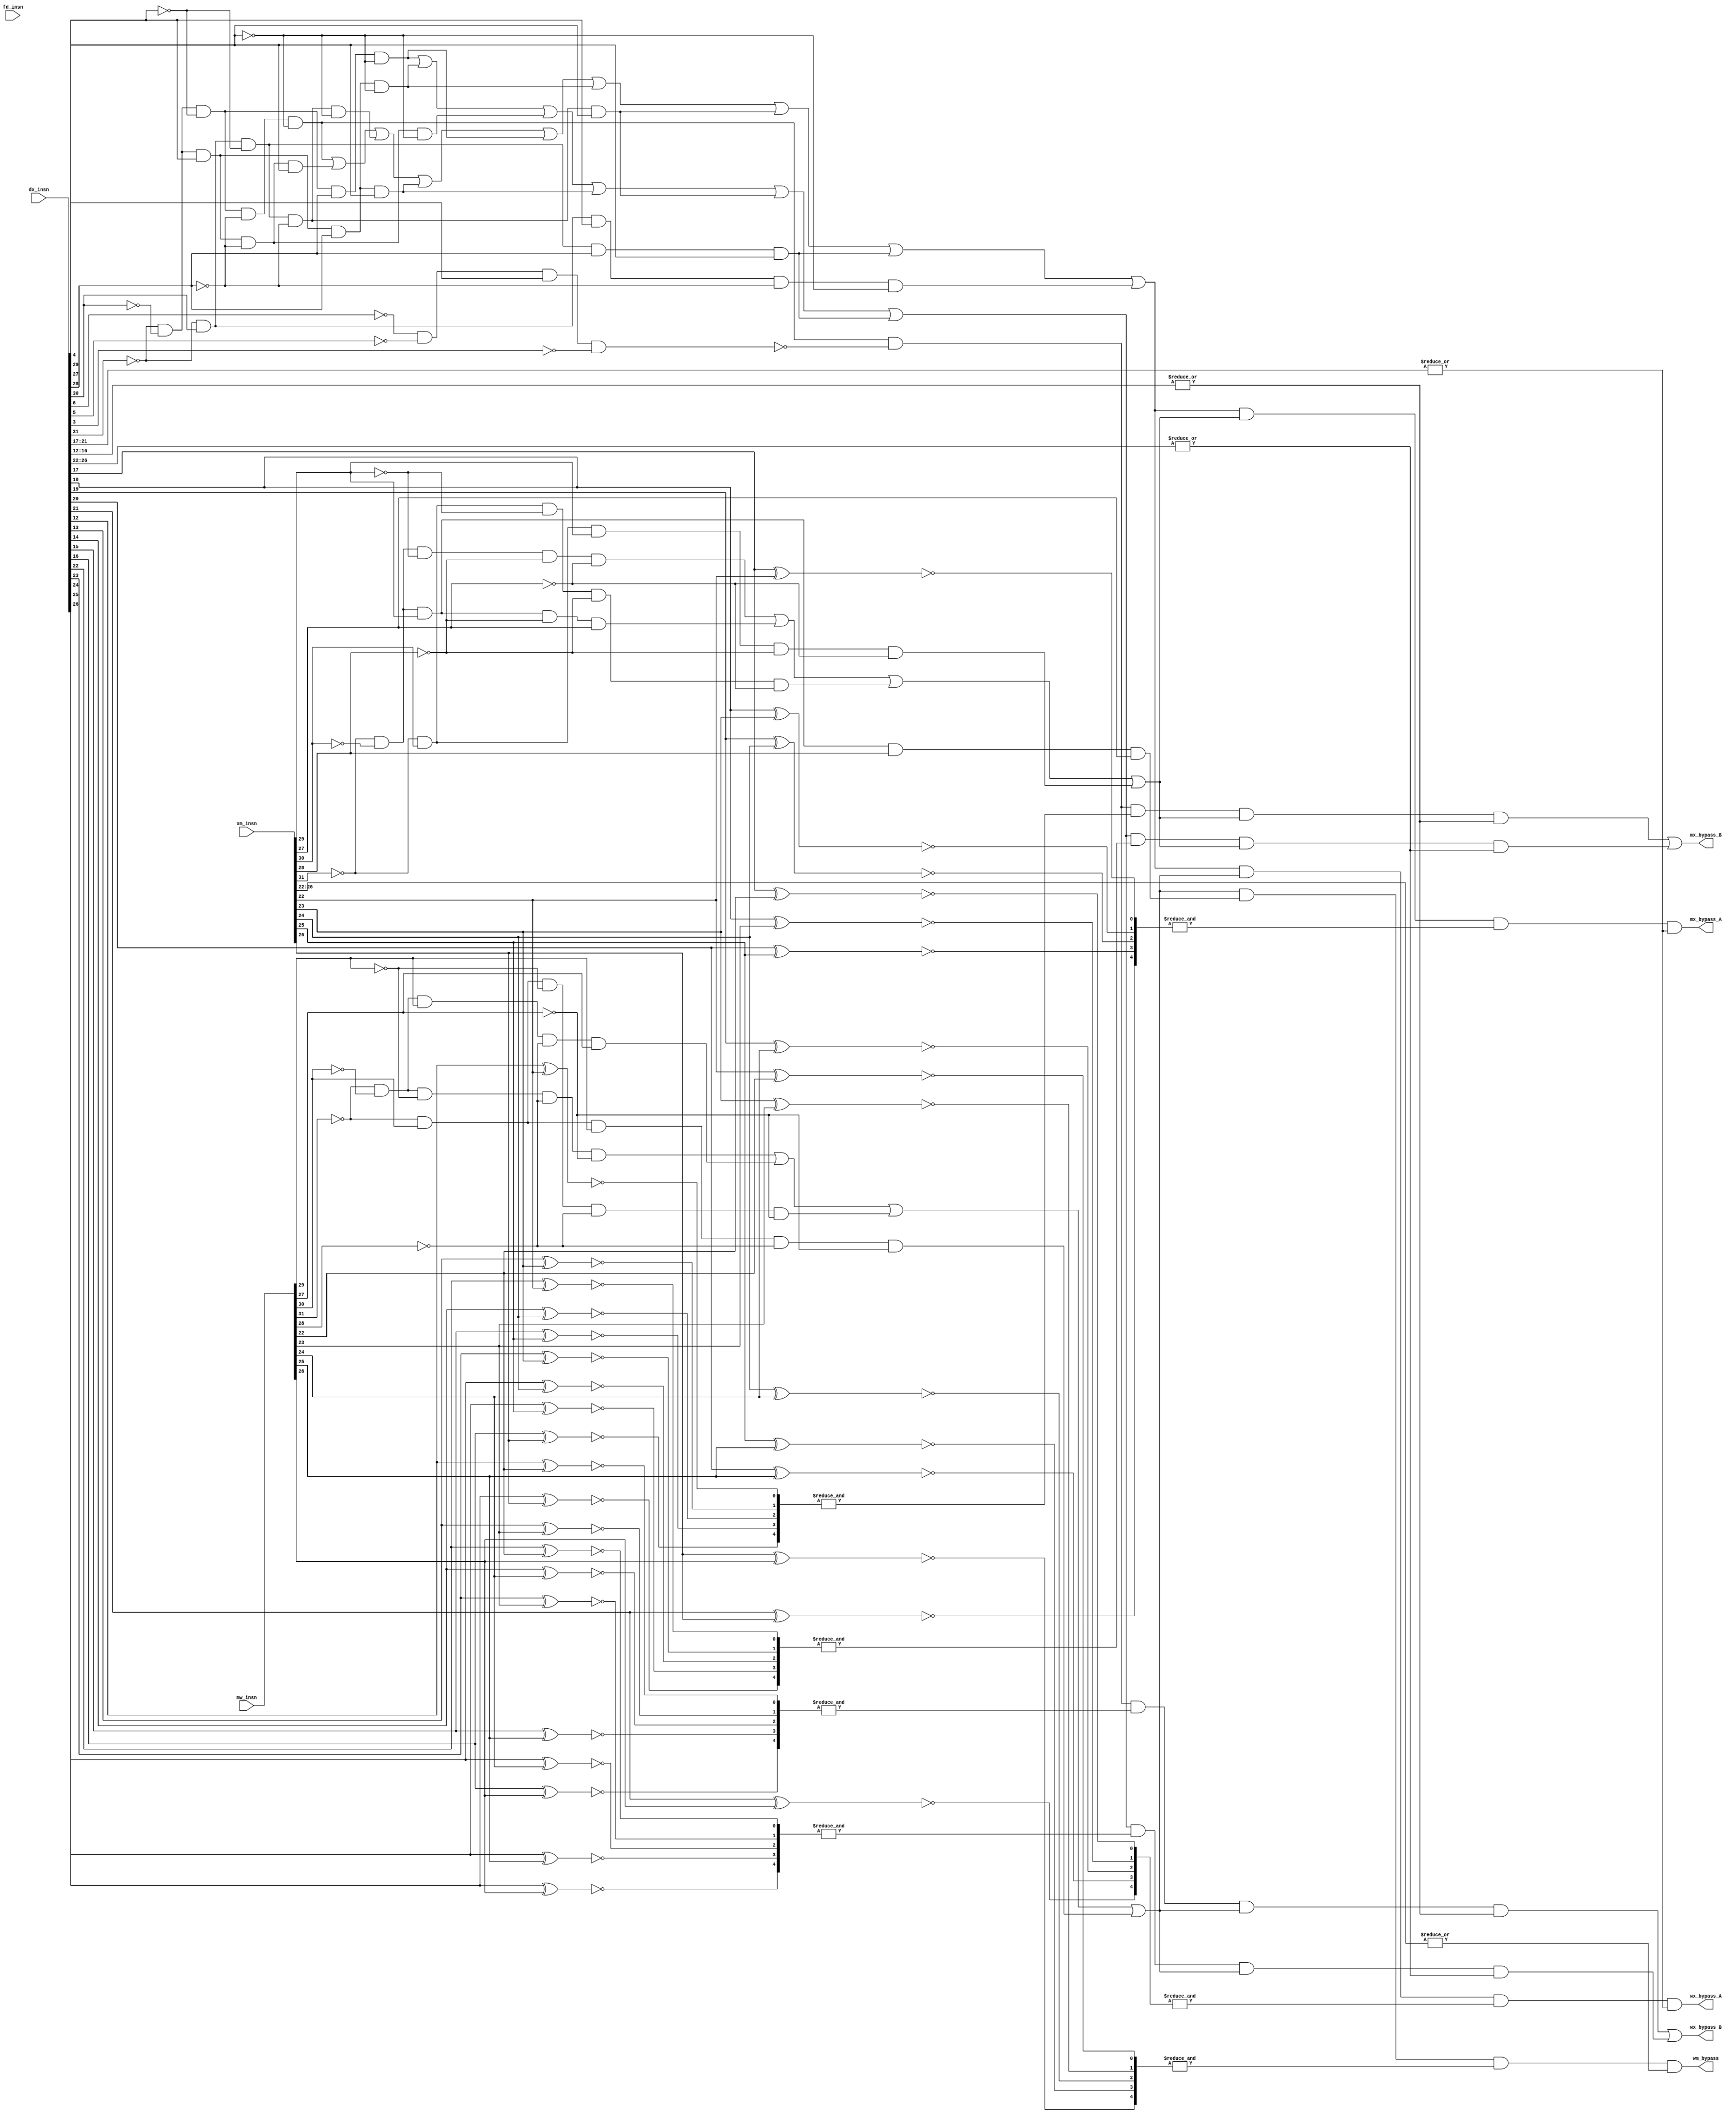
module bypass(fd_insn, dx_insn, xm_insn, mw_insn, mx_bypass_A, mx_bypass_B, wx_bypass_A, wx_bypass_B, wm_bypass);

	input [31:0] fd_insn, dx_insn, xm_insn, mw_insn;
	output mx_bypass_A, mx_bypass_B, wx_bypass_A, wx_bypass_B, wm_bypass;
	
	wire [4:0] dx_opcode, xm_opcode, mw_opcode, dx_ALU_opcode;
	wire [4:0] fd_rs1, fd_rs2, fd_rd, dx_rd, dx_rs1, dx_rs2, xm_rd, xm_rs1, xm_rs2, mw_rd, mw_rs1;
	wire [4:0] r30, r31;
	
	assign dx_opcode 	= dx_insn[31:27];
	assign xm_opcode 	= xm_insn[31:27];
	assign mw_opcode 	= mw_insn[31:27];
	
	assign dx_ALU_opcode = dx_insn[6:2];
	
	assign fd_rs1 	 	= fd_insn[21:17];
	assign fd_rs2		= fd_insn[16:12];
	assign fd_rd 		= fd_insn[26:22];
	
	assign dx_rs1 	 	= dx_insn[21:17];
	assign dx_rs2		= dx_insn[16:12];
	assign dx_rd 		= dx_insn[26:22];
	
	assign xm_rs1 	 	= xm_insn[21:17];
	assign xm_rs2		= xm_insn[16:12];
	assign xm_rd 		= xm_insn[26:22];
	
	assign mw_rs1 	 	= mw_insn[21:17];
	assign mw_rd 		= mw_insn[26:22];
	
	assign r30 = 5'd30;
	assign r31 = 5'd31;
	
	/* Check Equality */
	wire [4:0] 	fd_rs1_equals_dx_rd, fd_rs2_equals_dx_rd, fd_rd_equals_dx_rd, 
					fd_rs1_equals_xm_rd, fd_rs2_equals_xm_rd, fd_rd_equals_xm_rd,
					fd_rs1_equals_r30, fd_rs2_equals_r30, fd_rd_equals_r30, 
					fd_rs1_equals_r31, fd_rs2_equals_r31, fd_rd_equals_r31,
					
					dx_rs1_equals_xm_rd, dx_rs2_equals_xm_rd, dx_rd_equals_xm_rd,
					dx_rs1_equals_mw_rd, dx_rs2_equals_mw_rd, dx_rd_equals_mw_rd,
					
					xm_rs1_equals_mw_rd, xm_rs2_equals_mw_rd, xm_rd_equals_mw_rd,
					xm_rd_equals_r30,
					xm_rs1_equals_mw_rs1;
					
	genvar i;
	generate
	for(i=0; i<5; i=i+1) begin: loop1
		
		xnor fd1(fd_rs1_equals_dx_rd[i], fd_rs1[i], dx_rd[i]);
		xnor fd2(fd_rs2_equals_dx_rd[i], fd_rs2[i], dx_rd[i]);
		xnor fd5(fd_rd_equals_dx_rd[i],  fd_rd[i],	 dx_rd[i]);
		xnor fd3(fd_rs1_equals_xm_rd[i], fd_rs1[i], xm_rd[i]);
		xnor fd4(fd_rs2_equals_xm_rd[i], fd_rs2[i], xm_rd[i]);
		xnor fd6(fd_rd_equals_xm_rd[i],  fd_rd[i],	 xm_rd[i]);
		
		xnor fd7(fd_rs1_equals_r30[i], fd_rs1[i], r30[i]); 
		xnor fd8(fd_rs2_equals_r30[i], fd_rs2[i], r30[i]);
		xnor fd9(fd_rd_equals_r30[i],  fd_rd[i],  r30[i]);
		
		xnor fd10(fd_rs1_equals_r31[i], fd_rs1[i], r31[i]); 
		xnor fd11(fd_rs2_equals_r31[i], fd_rs2[i], r31[i]);
		xnor fd12(fd_rd_equals_r31[i],  fd_rd[i],  r30[i]);
		
		xnor dx1(dx_rs1_equals_xm_rd[i], dx_rs1[i], xm_rd[i]);
		xnor dx2(dx_rs2_equals_xm_rd[i], dx_rs2[i], xm_rd[i]);
		xnor dx3(dx_rd_equals_xm_rd[i],  dx_rd[i],  xm_rd[i]);
		
		xnor dx4(dx_rs1_equals_mw_rd[i], dx_rs1[i], mw_rd[i]);
		xnor dx5(dx_rs2_equals_mw_rd[i], dx_rs2[i], mw_rd[i]);
		xnor dx6(dx_rd_equals_mw_rd[i],  dx_rd[i],  mw_rd[i]);
		
		xnor xm1(xm_rs1_equals_mw_rd[i], xm_rs1[i], mw_rd[i]);
		xnor xm2(xm_rs2_equals_mw_rd[i], xm_rs2[i], mw_rd[i]);
		xnor xm3(xm_rd_equals_mw_rd[i],  xm_rd[i],  mw_rd[i]);
		xnor xm4(xm_rd_equals_r30[i],    xm_rd[i],  r30[i]);
		
		xnor xm5(xm_rs1_equals_mw_rs1[i], xm_rs1[i], mw_rs1[i]);
		
	end
	endgenerate
	
	wire dx_r_insn, dx_addi_insn, dx_sw_insn, dx_lw_insn, dx_bne_insn, dx_blt_insn, dx_jr_insn, 
			dx_read_rs_insn, dx_read_rt_insn, dx_read_rd_insn, dx_beq_insn, dx_led_insn, dx_cap_insn;
	wire xm_r_insn, xm_addi_insn, xm_lw_insn, xm_cap_insn, xm_write_insn, xm_sw_insn;
	wire mw_r_insn, mw_addi_insn, mw_lw_insn, mw_cap_insn, mw_write_insn;
	
	assign dx_r_insn 			=  (~dx_opcode[4] && ~dx_opcode[3] && ~dx_opcode[2] && ~dx_opcode[1] && ~dx_opcode[0]); 	// r_insn
	assign dx_addi_insn 		=  (~dx_opcode[4] && ~dx_opcode[3] &&  dx_opcode[2] && ~dx_opcode[1] &&  dx_opcode[0]); 	// addi
	assign dx_sw_insn 		=  (~dx_opcode[4] && ~dx_opcode[3] &&  dx_opcode[2] &&  dx_opcode[1] &&  dx_opcode[0]);	//00111 sw
	assign dx_lw_insn			=	(~dx_opcode[4] &&  dx_opcode[3] && ~dx_opcode[2] && ~dx_opcode[1] && ~dx_opcode[0]);	//01000 lw only check fd_rs1				
	//assign dx_rand_insn		= 	(~dx_opcode[4] &&  dx_opcode[3] && ~dx_opcode[2] &&  dx_opcode[1] && ~dx_opcode[0]);	//01010 random32			
	assign dx_bne_insn 		= 	(~dx_opcode[4] && ~dx_opcode[3] && ~dx_opcode[2] &&  dx_opcode[1] && ~dx_opcode[0]);	//00010
	assign dx_beq_insn 		= 	(~dx_opcode[4] &&  dx_opcode[3] && ~dx_opcode[2] && ~dx_opcode[1] &&  dx_opcode[0]);	//01001
	assign dx_blt_insn		=  (~dx_opcode[4] && ~dx_opcode[3] &&  dx_opcode[2] &&  dx_opcode[1] && ~dx_opcode[0]);	//00110
	assign dx_jr_insn			=  (~dx_opcode[4] && ~dx_opcode[3] &&  dx_opcode[2] && ~dx_opcode[1] && ~dx_opcode[0]);	//00100
	assign dx_led_insn		=	(~dx_opcode[4] &&  dx_opcode[3] && ~dx_opcode[2] &&  dx_opcode[1] &&  dx_opcode[0]);	//01011
	assign dx_cap_insn		=  (~dx_opcode[4] &&  dx_opcode[3] &&  dx_opcode[2] && ~dx_opcode[1] && ~dx_opcode[0]);	//01100
	
	//assign dx_write_insn 	=  dx_r_insn || dx_addi_insn || dx_lw_insn || dx_cap_insn;
	assign dx_read_rs_insn  =  dx_r_insn || dx_addi_insn || dx_lw_insn || dx_sw_insn || dx_bne_insn || dx_blt_insn || dx_beq_insn || dx_led_insn || dx_cap_insn;
	assign dx_read_rt_insn  =  (dx_r_insn && !(!dx_ALU_opcode[4] && !dx_ALU_opcode[3] && dx_ALU_opcode[2] && !dx_ALU_opcode[1]));
	assign dx_read_rd_insn  =  dx_bne_insn || dx_blt_insn || dx_jr_insn || dx_sw_insn || dx_beq_insn || dx_led_insn;
	
	assign xm_r_insn 			=  (~xm_opcode[4] && ~xm_opcode[3] && ~xm_opcode[2] && ~xm_opcode[1] && ~xm_opcode[0]); 	// r_insn
	assign xm_addi_insn 		=	(~xm_opcode[4] && ~xm_opcode[3] &&  xm_opcode[2] && ~xm_opcode[1] &&  xm_opcode[0]);	// addit
	assign xm_lw_insn			=	(~xm_opcode[4] &&  xm_opcode[3] && ~xm_opcode[2] && ~xm_opcode[1] && ~xm_opcode[0]);	//01000 lw only check fd_rs1				
	assign xm_cap_insn		=  (~xm_opcode[4] &&  xm_opcode[3] &&  xm_opcode[2] && ~xm_opcode[1] && ~xm_opcode[0]);	//01100
	//assign xm_rand_insn		= 	(~xm_opcode[4] &&  xm_opcode[3] && ~xm_opcode[2] &&  xm_opcode[1] && ~xm_opcode[0]);	//01010 random32			
	assign xm_write_insn 	=  xm_r_insn || xm_addi_insn || xm_lw_insn || xm_cap_insn;	
	
	assign xm_sw_insn 		=  (~xm_opcode[4] && ~xm_opcode[3] &&  xm_opcode[2] &&  xm_opcode[1] &&  xm_opcode[0]);	//00111 sw
	
	assign mw_r_insn 			=  (~mw_opcode[4] && ~mw_opcode[3] && ~mw_opcode[2] && ~mw_opcode[1] && ~mw_opcode[0]); 	// r_insn
	assign mw_addi_insn 		=	(~mw_opcode[4] && ~mw_opcode[3] &&  mw_opcode[2] && ~mw_opcode[1] &&  mw_opcode[0]);	// addit
	assign mw_lw_insn			=	(~mw_opcode[4] &&  mw_opcode[3] && ~mw_opcode[2] && ~mw_opcode[1] && ~mw_opcode[0]);	//01000 lw only check fd_rs1				
	assign mw_cap_insn		=  (~mw_opcode[4] &&  mw_opcode[3] &&  mw_opcode[2] && ~mw_opcode[1] && ~mw_opcode[0]);	//01100
	//assign mw_rand_insn		= 	(~mw_opcode[4] &&  mw_opcode[3] && ~mw_opcode[2] &&  mw_opcode[1] && ~mw_opcode[0]);	//01010 random32			
	assign mw_write_insn 	=  mw_r_insn || mw_addi_insn || mw_lw_insn || mw_cap_insn;	
	
	
	assign mx_bypass_A 		= dx_read_rs_insn && xm_write_insn && &dx_rs1_equals_xm_rd && |dx_rs1; 							// need r30
	assign wx_bypass_A		= dx_read_rs_insn && mw_write_insn && &dx_rs1_equals_mw_rd && |dx_rs1;							// need r30
	// r_insn ? rt[4:0] : rd[4:0]
	assign mx_bypass_B		= (dx_read_rt_insn && &dx_rs2_equals_xm_rd && xm_write_insn && |dx_rs2) || (dx_read_rd_insn && &dx_rd_equals_xm_rd && xm_write_insn && |dx_rd);	// need r30
	assign wx_bypass_B		= (dx_read_rt_insn && &dx_rs2_equals_mw_rd && mw_write_insn && |dx_rs2) || (dx_read_rd_insn && &dx_rd_equals_mw_rd && mw_write_insn && |dx_rd);	// need r30
	assign wm_bypass 			= mw_write_insn && xm_sw_insn && &xm_rd_equals_mw_rd && |xm_rd;

endmodule